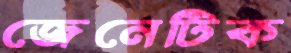
জেনেটিক